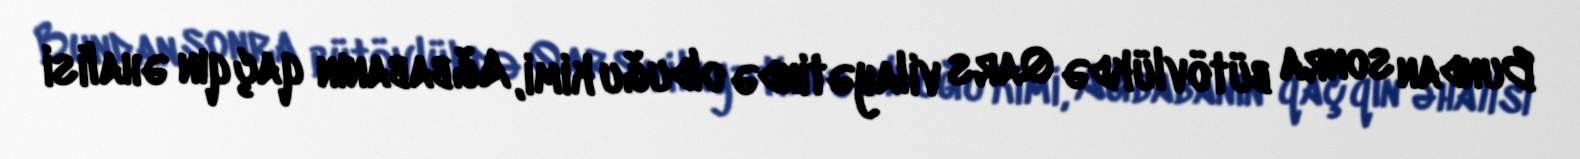
Bundan sonra bütövlükdə Qars vilayətində olduğu kimi, Ağbabanın qaçqın əhalisi